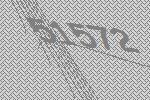
51572